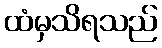
ထံမှသိရသည်